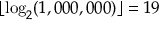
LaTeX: \lfloor \log _ { 2 } ( 1 , 0 0 0 , 0 0 0 ) \rfloor = 1 9